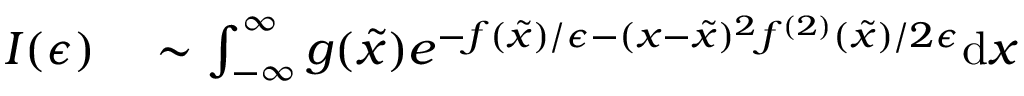
\begin{array} { r l } { I ( \epsilon ) } & { { } \sim \int _ { - \infty } ^ { \infty } g ( \tilde { x } ) e ^ { - f ( \tilde { x } ) / \epsilon - ( x - \tilde { x } ) ^ { 2 } f ^ { ( 2 ) } ( \tilde { x } ) / 2 \epsilon } \mathrm { d } x } \end{array}